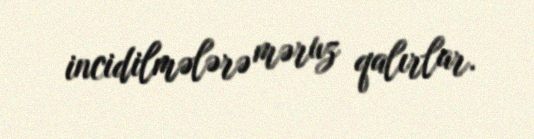
incidilmələrə məruz qalırlar.